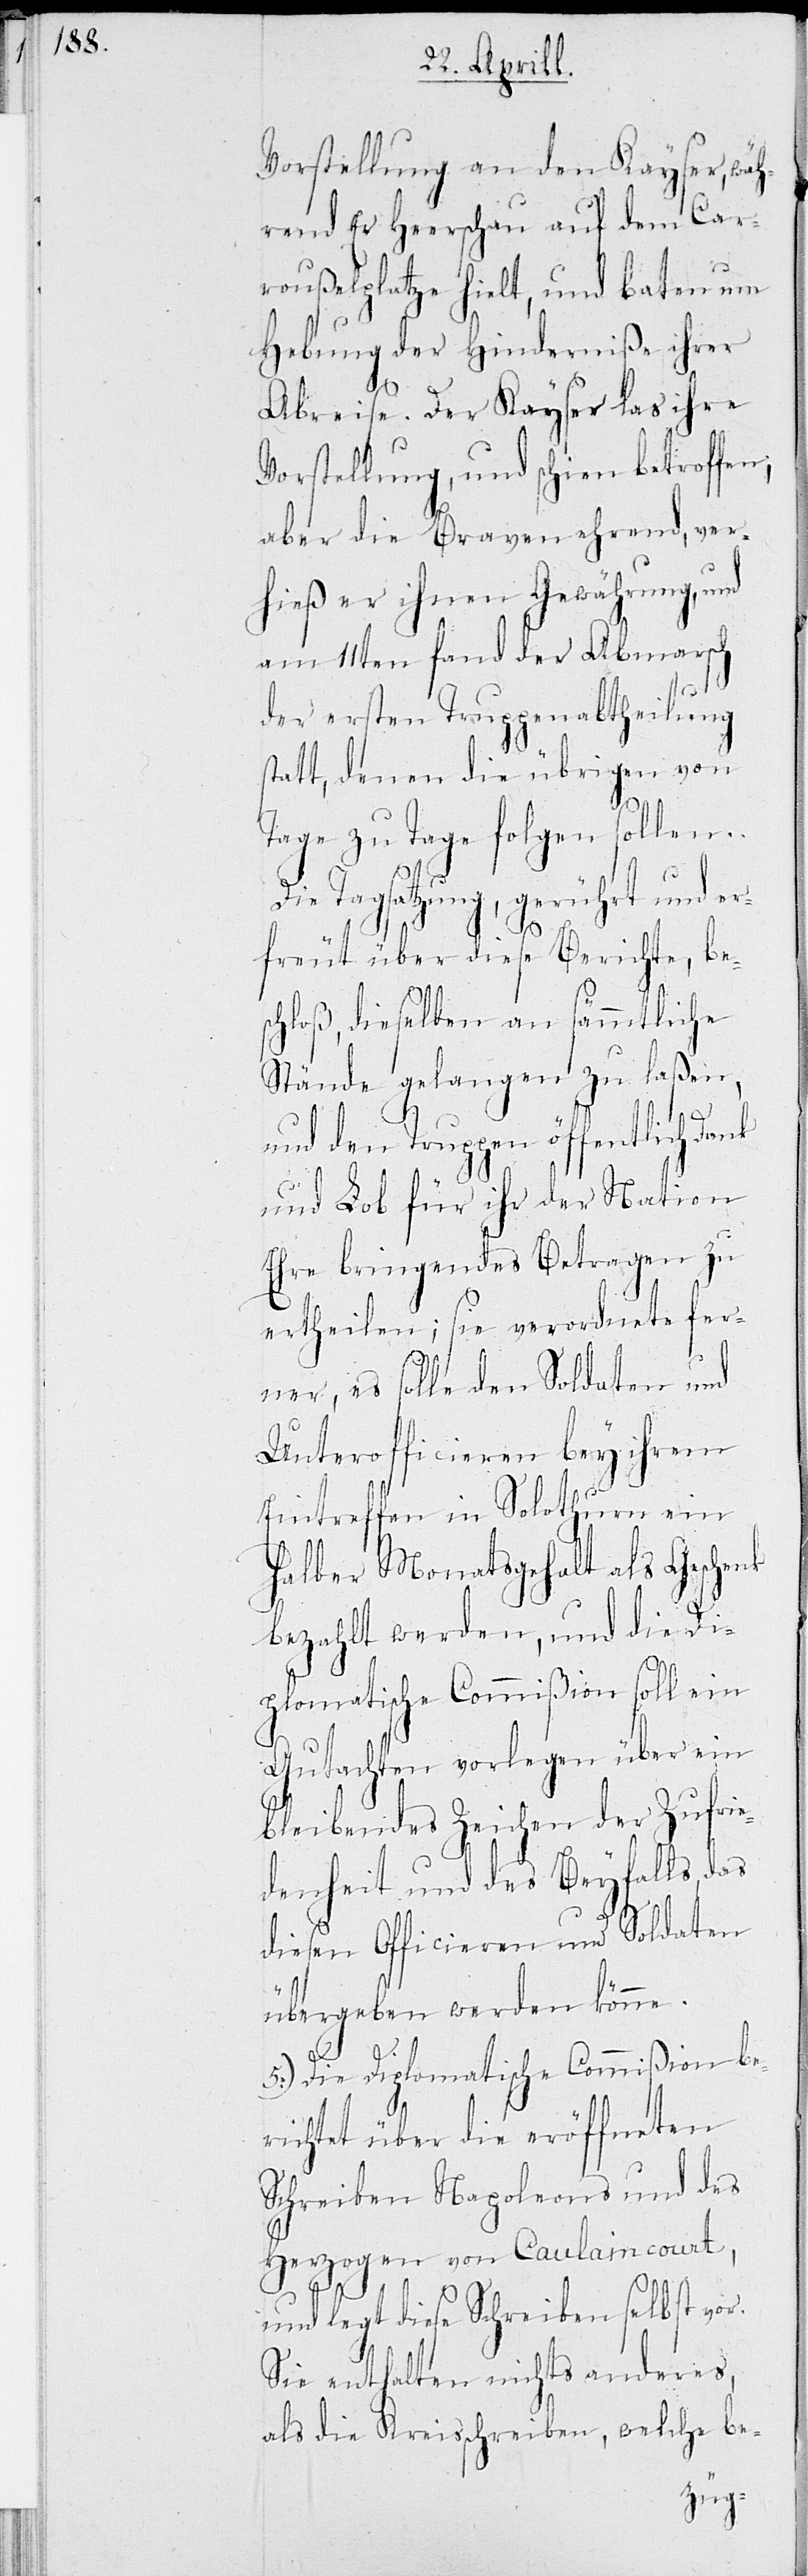
Vorstellung an den Kayser, wä¬
hrend er Heerschau auf dem Car¬
rouplatze hielt, und baten um
Hebung der Hinderniße ihrer
Reise. Der Kayser las ihre
Vorstellung, und schien betroffen,
aber die Braven ehrend, ver¬
hieß er ihnen Gewährung, und
am 11ten fand der Abmarsch
der ersten Truppenabtheilung
statt, denen die Übrigen von
Tage zu Tage folgen sollen.
Die Tagsatzung, gerührt und er¬
freut über diese Berichte, bes¬
chloß, dieselben an sämmtliche
Stände gelangen zu laßen,
und den Truppen öffentlich Dank
und Lob für ihr der Nation
Ehre bringendes Betragen zu
ertheilen; sie verordnete fer¬
ner, es solle den Soldaten und
Unterofficieren bey ihrem
Eintreffen in Solothurn ein
halbes Monatsgehalt als Geschenk
bezahlt werden, und die Di¬
plomatische Commißion soll ein
Gutachten vorlegen über ein
bleibendes Zeichen der Zufrie¬
denheit und des Beyfalls,
diesen Officieren und Soldaten
übergeben werden könne.
5.) Die Diplomatische Commißion be¬
richtet über die eröffneten
Schreiben Napoleons und des
Herzogen von Caulaincourt,
und legt diese Schreiben selbst vor.
Sie enthalten nichts anderes,
als die Kreisschreiben, welche be-